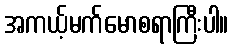
အကယ့်မက်မောစရာကြီးပါ။